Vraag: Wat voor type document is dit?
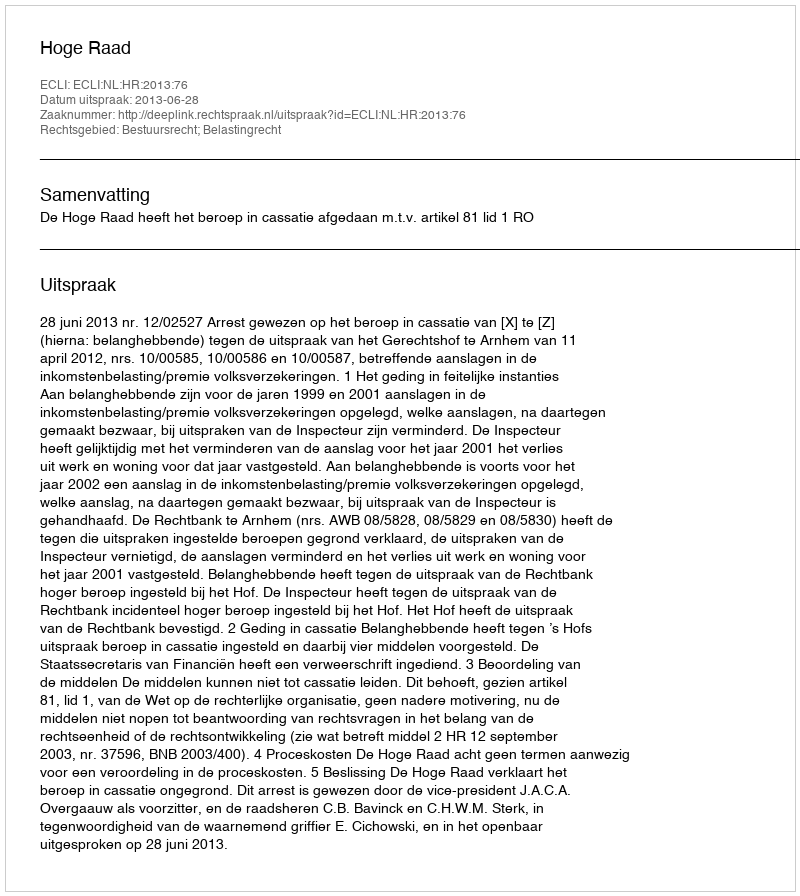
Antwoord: Uitspraak